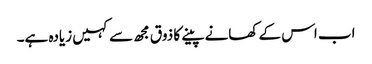
اب اس کے کھانے پینے کا ذوق مجھ سے کہیں زیادہ ہے۔